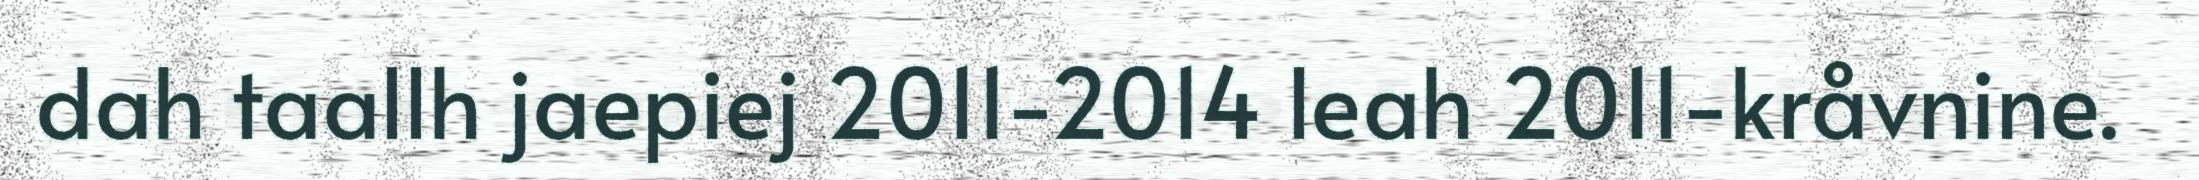
dah taallh jaepiej 2011-2014 leah 2011-kråvnine.